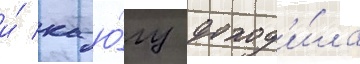
и́ к ю́гу доход'и́ла